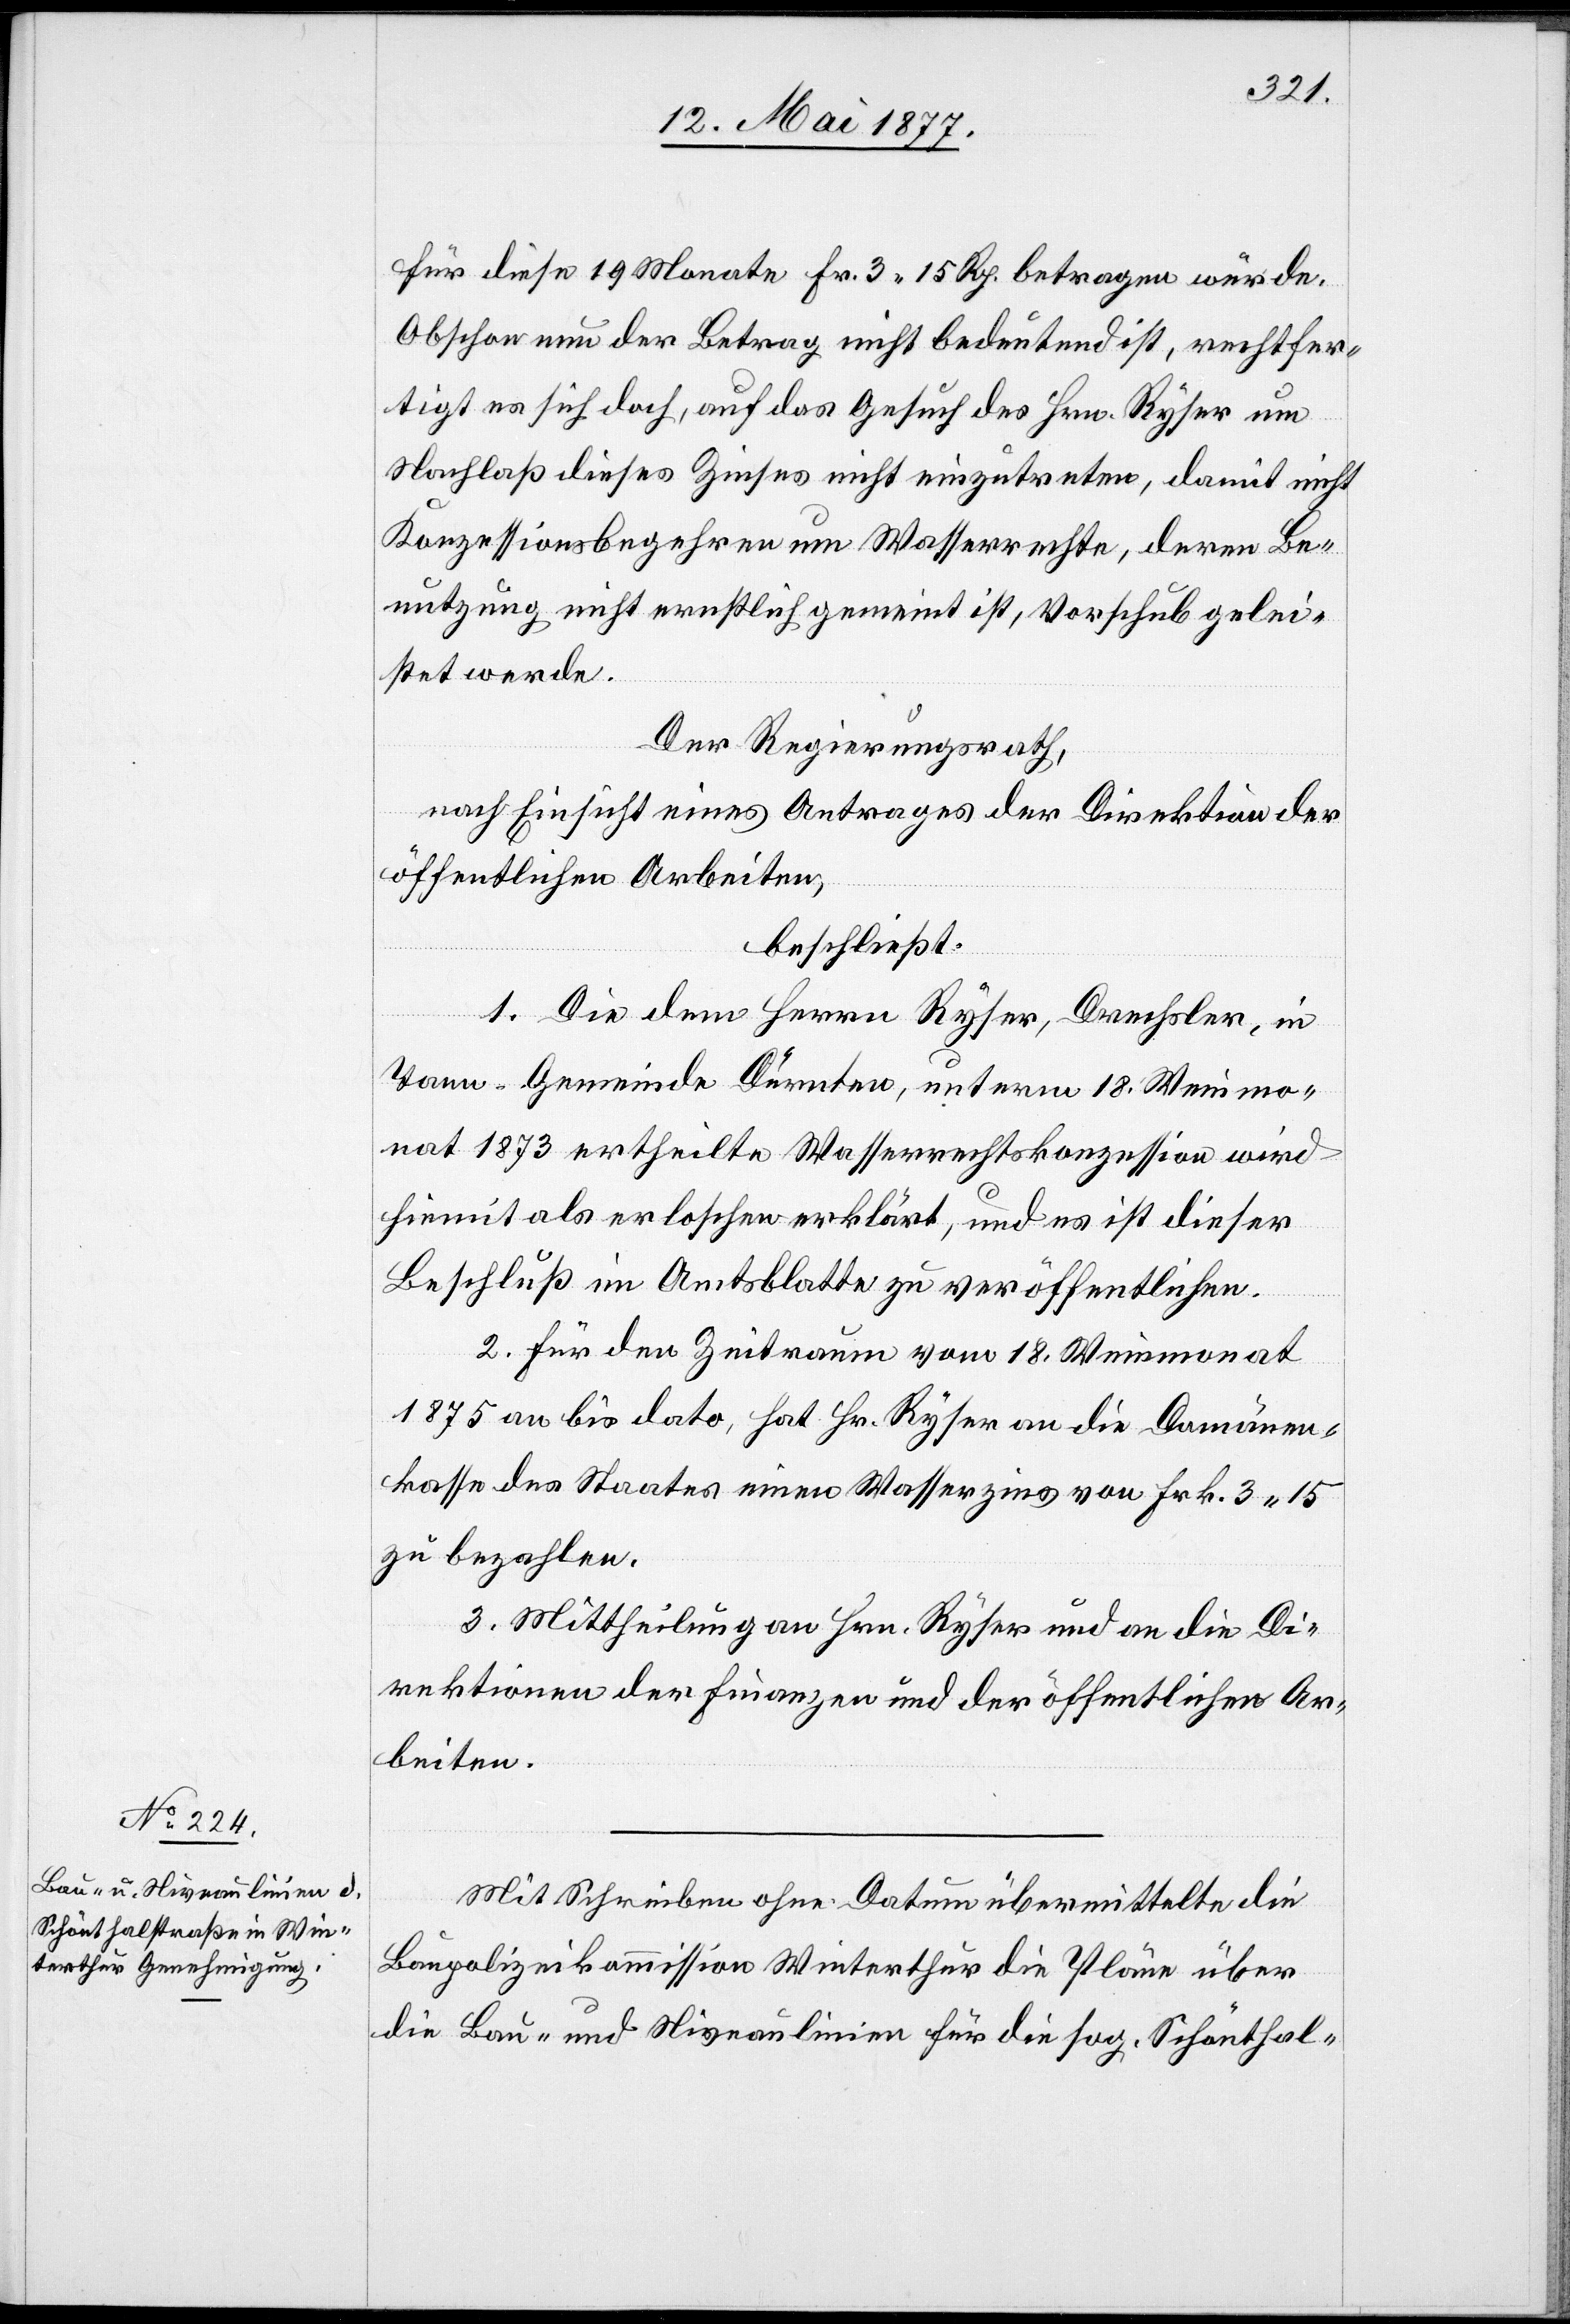
für diese 19 Monate Fr. 3 15 Rp. betragen würde.
Obschon nun der Betrag nicht bedeutend ist, rechtfer¬
tigt es sich doch, auf das Gesuch des Hrn. Ryser um
Nachlaß dieses Zinses nicht einzutreten, damit nicht
Konzessionsbegehren um Wasserrechte deren Be¬
nutzung nicht ernstlich gemeint ist, Vorschub gelei¬
stet werde.
Der Regierungsrath,
nach Einsicht eines Antrages der Direktion der
öffentlichen Arbeiten,
beschließt:
1. Die dem Herrn Ryser, Drechsler, in
Tann - Gemeinde Dürnten, unterm 18. Weinmo¬
nat 1873 ertheilte Wasserrechtskonzession wird
hiemit als erloschen erklärt, und es ist dieser
Beschluß im Amtsblatte zu veröffentlichen.
2. Für den Zeitraum vom 18. Weinmonat
1875 an bis dato, hat Hr. Ryser an die Domänen¬
kasse des Staates einen Wasserzins von Frk. 3 15
zu bezahlen.
3. Mittheilung an Hrn. Ryser und an die Di¬
rektionen der Finanzen und der öffentlichen Ar¬
beiten.
Mit Schreiben ohne Datum übermittelte die
Baupolizeikommission Winterthur die Pläne über
die Bau- und Niveaulinien für die sog. Schönthal-